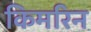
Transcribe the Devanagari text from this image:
किमरिन